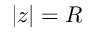
| z | = R